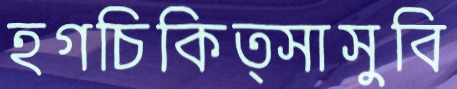
হগচিকিত্সাসুবি